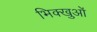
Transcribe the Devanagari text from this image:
भिक्खुओं